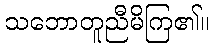
သဘောတူညီမိကြ၏။